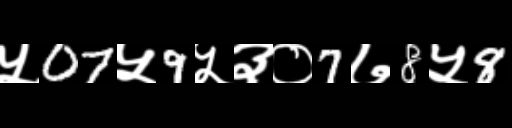
Text: ५07५9५३०7७8५8